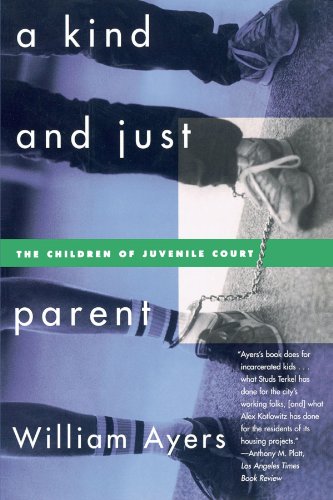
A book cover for A Kind and Just Parent: The Children of Juvenile Court; William Ayers; Law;